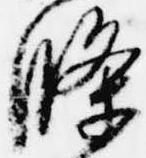
条